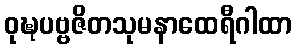
ဝုဍ္ဎပဗ္ဗဇိတသုမနာထေရီဂါထာ